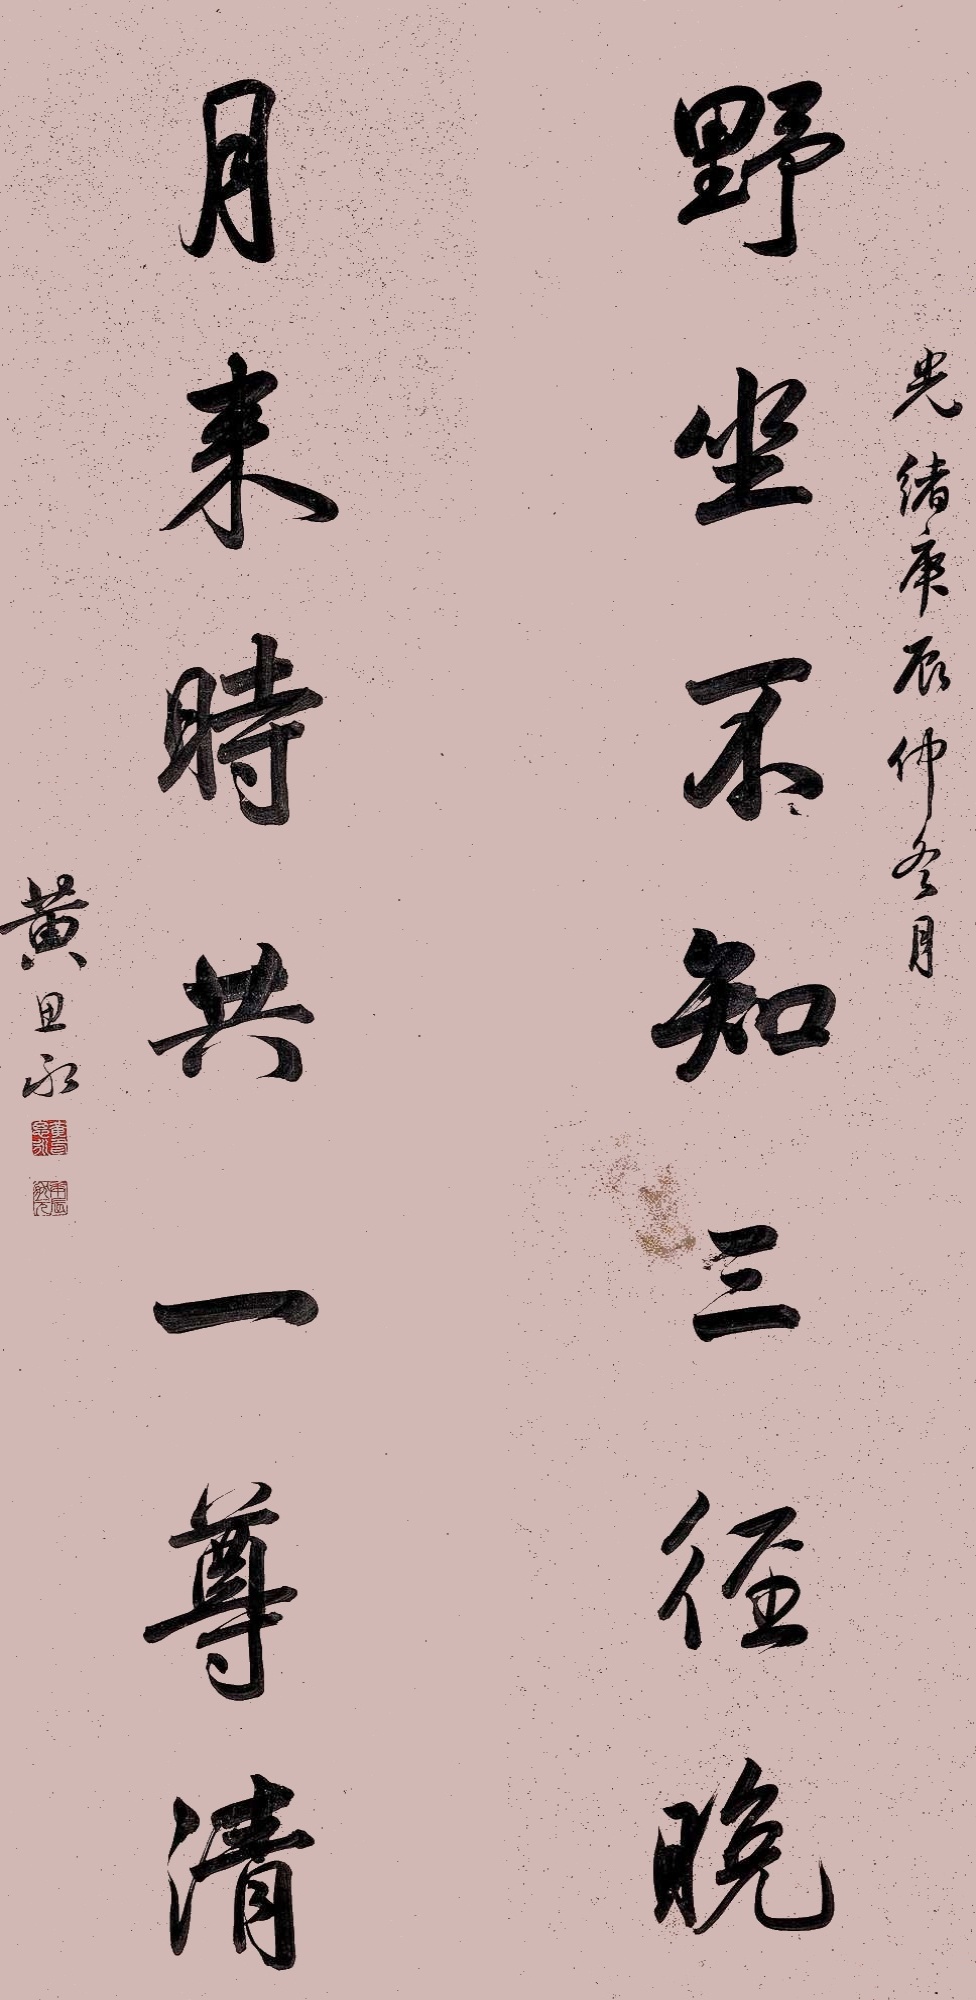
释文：野坐不知三径晚，月来时共一尊清。光绪庚辰仲冬月，黄思永。